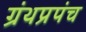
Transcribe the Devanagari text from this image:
ग्रंथप्रपंच